Vaccination in Bombay 1913-1923 - 1913-1923
Year: 1913
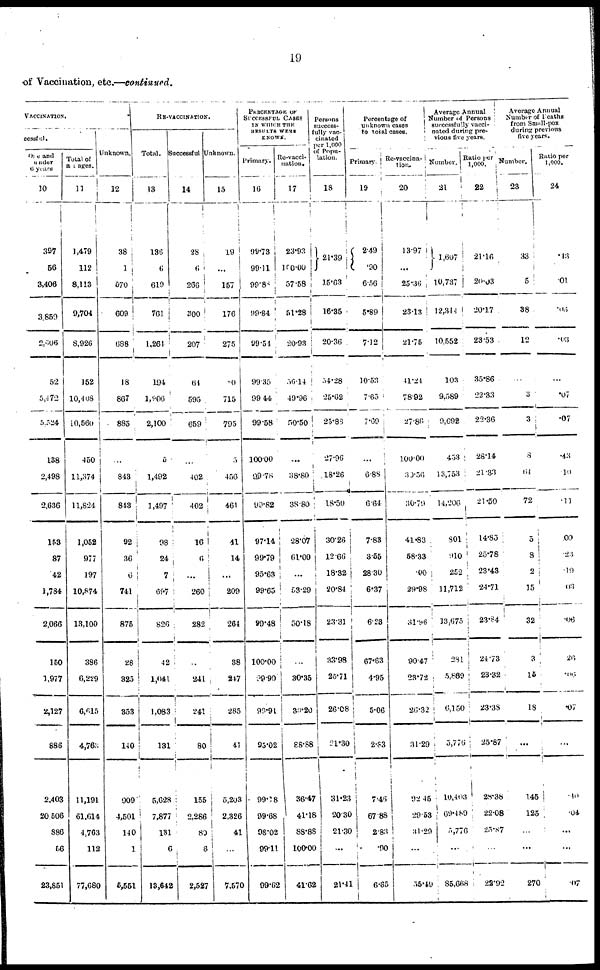
19
of Vaccination, etc.—continued.
VACCINATION.
cessful.
One and
under
6 years
10
397
56
3,406
3,859
2,606
52
5,472
5,524
138
2,498
2,636
153
87
42
1,784
2,066
150
1,977
2,127
886
2,403
20,506
886
56
23,851
Total of
all ages.
11
1,479
112
8,113
9,704
8,926
152
10,408
10,560
450
11,374
11,824
1,052
977
197
10,874
13,100
386
6,229
6,615
4,763
11,191
61,614
4,763
112
77,680
Unknown.
12
38
1
570
609
688
18
867
885
...
843
843
92
36
6
741
875
28
325
353
140
909
4,501
140
1
5,551
RE-VACCINATION.
Total.
13
136
6
619
761
1,264
194
1,906
2,100
5
1,492
1,497
98
24
7
697
826
42
1,041
1,083
131
5,628
7,877
131
6
13,642
Successful
14
28
6
266
300
207
64
595
659
...
402
402
16
6
...
260
282
...
241
241
80
155
2,286
80
6
2,527
Unknown.
15
19
...
157
176
275
80
715
795
5
456
461
41
14
...
209
264
38
247
285
41
5,203
2,326
41
...
7,570
PERCENTAGE OF
SUCCESSFUL CASES
IN WHICH THE
RESULTS WERE
KNOWN.
Primary.
16
99.73
99.11
99.88
99.84
99.54
99.35
99.44
99.58
100.00
99.78
99.82
97.14
99.79
95.63
99.65
99.48
100.00
99.90
99.91
95.02
99.18
99.68
98.02
99.11
99.62
Re-vacci-
nation.
17
23.93
100.00
57.58
51.28
20.93
56.14
49.96
50.50
...
38.80
38.80
28.07
61.00
...
53.29
50.18
...
30.35
30.20
88.88
36.47
41.18
88.88
100.00
41.62
Persons
success-
fully vac-
cinated
per 1,000
of Popu-
lation.
18
21.39
15.63
16.35
20.36
54.28
25.62
25.88
27.96
18.26
18.50
30.26
12.66
18.32
20.84
23.31
33.98
25.71
26.08
21.30
31.23
20.30
21.30
...
21.41
Percentage of
unknown cases
to total cases.
Primary.
19
2.49
.90
6.56
5.89
7.12
10.53
7.65
7.69
...
6.88
6.64
7.83
3.55
28.30
6.37
6.23
67.83
4.95
5.06
2.83
7.46
67.88
2.83
.90
6.65
Re-vaccina-
tion
20
13.97
...
25.36
23.13
21.75
41.24
78.92
27.86
100.00
30.56
30.79
41.83
58.33
.00
29.98
31.96
90.47
23.72
26.32
31.29
92.45
29.53
31.29
...
55.49
Average Annual
Number of Persons
successfully vacci-
nated during pre-
vious five years.
Number.
21
1,607
10,737
12,344
10,552
103
9,589
9,692
453
13,753
14,206
801
910
252
11,712
13,675
281
5,869
6,150
5,776
10,403
69.489
5,776
...
85,668
Ratio per
1,000.
22
21.16
20.03
20.17
23.53
35.86
22.33
22.36
28.14
21.33
21.50
14.85
25.78
23.43
24.71
23.84
24.73
23.32
23.38
25.87
28.38
22.08
25.87
...
22.92
Average Annual
Number of Deaths
from Small-pox
during previous
five years.
Number.
23
33
5
38
12
...
3
3
8
64
72
5
8
2
15
32
3
15
18
...
145
125
...
...
270
Ratio per
1,000.
24
.43
.01
.06
.03
...
.07
.07
.43
.10
.11
.00
.23
.19
.03
.06
26
.06
.07
...
.40
.04
...
...
.07